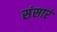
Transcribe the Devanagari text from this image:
संसारं